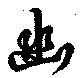
幽